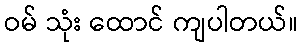
ဝမ် သုံး ထောင် ကျပါတယ်။